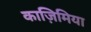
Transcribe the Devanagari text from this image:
काज़िमिया